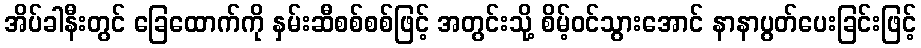
အိပ်ခါနီးတွင် ခြေထောက်ကို နှမ်းဆီစစ်စစ်ဖြင့် အတွင်းသို့ စိမ့်ဝင်သွားအောင် နာနာပွတ်ပေးခြင်းဖြင့်